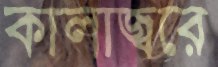
কালাজ্বরে